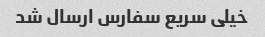
خیلی سریع سفارس ارسال شد